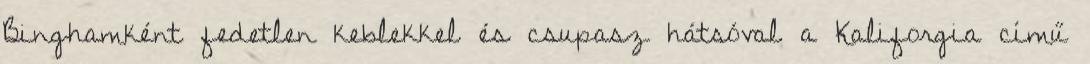
Binghamként fedetlen keblekkel és csupasz hátsóval a Kaliforgia című